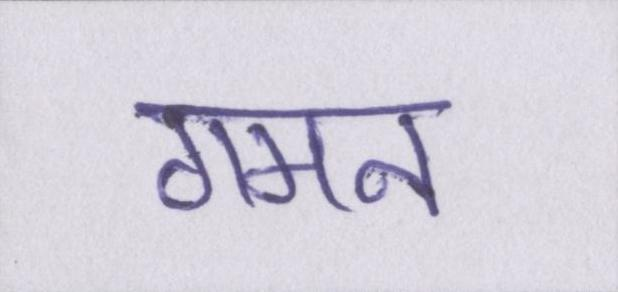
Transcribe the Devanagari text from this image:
गमन